Civil Veterinary Department ledger series I-VI
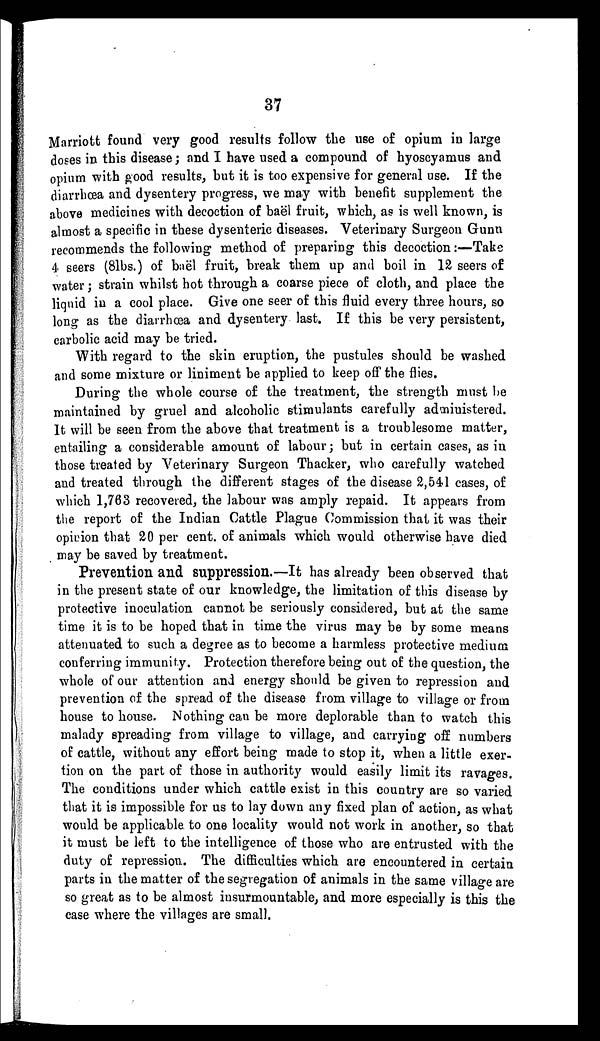
37
Marriott found very good results follow the use of opium in large
doses in this disease; and I have used a compound of hyoscyamus and
opium with good results, but it is too expensive for general use. If the
diarrhœa and dysentery progress, we may with benefit supplement the
above medicines with decoction of baël fruit, which, as is well known, is
almost a specific in these dysenteric diseases. Veterinary Surgeon Gunn
recommends the following method of preparing this decoction:—Take
4 seers (8lbs.) of baël fruit, break them up and boil in 12 seers of
water; strain whilst hot through a coarse piece of cloth, and place the
liquid in a cool place. Give one seer of this fluid every three hours, so
long as the diarrhœa and dysentery last. If this be very persistent,
carbolic acid may be tried.
With regard to the skin eruption, the pustules should be washed
and some mixture or liniment be applied to keep off the flies.
During the whole course of the treatment, the strength must be
maintained by gruel and alcoholic stimulants carefully administered.
It will be seen from the above that treatment is a troublesome matter,
entailing a considerable amount of labour; but in certain cases, as in
those treated by Veterinary Surgeon Thacker, who carefully watched
and treated through the different stages of the disease 2,541 cases, of
which 1,763 recovered, the labour was amply repaid. It appears from
the report of the Indian Cattle Plague Commission that it was their
opinion that 20 per cent. of animals which would otherwise have died
may be saved by treatment.
Prevention and suppression.—It has already been observed that
in the present state of our knowledge, the limitation of this disease by
protective inoculation cannot be seriously considered, but at the same
time it is to be hoped that in time the virus may be by some means
attenuated to such a degree as to become a harmless protective medium
conferring immunity. Protection therefore being out of the question, the
whole of our attention and energy should be given to repression and
prevention of the spread of the disease from village to village or from
house to house. Nothing can be more deplorable than to watch this
malady spreading from village to village, and carrying off numbers
of cattle, without any effort being made to stop it, when a little exer-
tion on the part of those in authority would easily limit its ravages.
The conditions under which cattle exist in this country are so varied
that it is impossible for us to lay down any fixed plan of action, as what
would be applicable to one locality would not work in another, so that
it must be left to the intelligence of those who are entrusted with the
duty of repression. The difficulties which are encountered in certain
parts in the matter of the segregation of animals in the same village are
so great as to be almost insurmountable, and more especially is this the
case where the villages are small.